画像に写った文字を読んでください
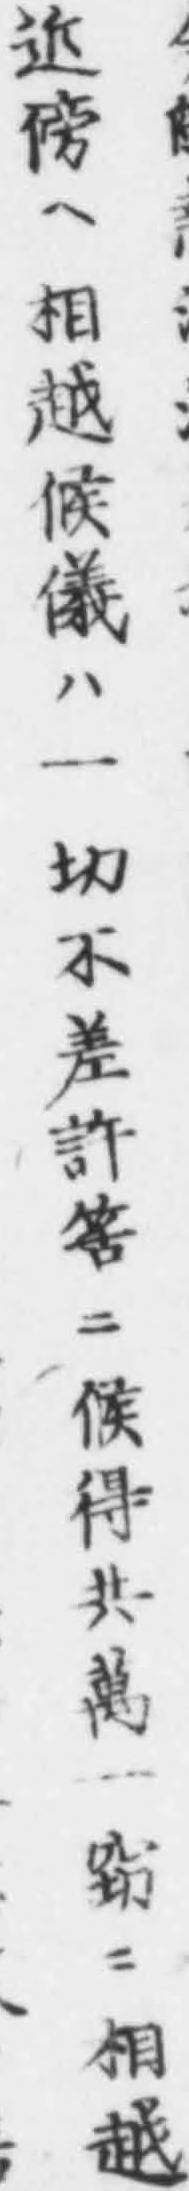
「近傍ヘ相越候儀ハ一切不差許筈ニ候得共萬一窃ニ相越」と書いてあります